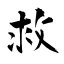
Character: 救